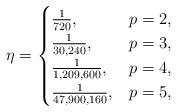
LaTeX: \begin{align*} \eta = \begin{cases} \frac{1}{720}, & p=2, \\ \frac{1}{30,240}, & p=3, \\ \frac{1}{1,209,600}, & p=4, \\ \frac{1}{47,900,160}, & p=5, \end{cases}\end{align*}